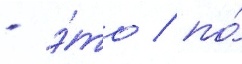
- э́то / по́